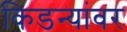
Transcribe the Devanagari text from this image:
किडन्यांवर